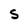
Character: S